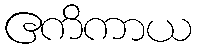
ဧကိကာယ